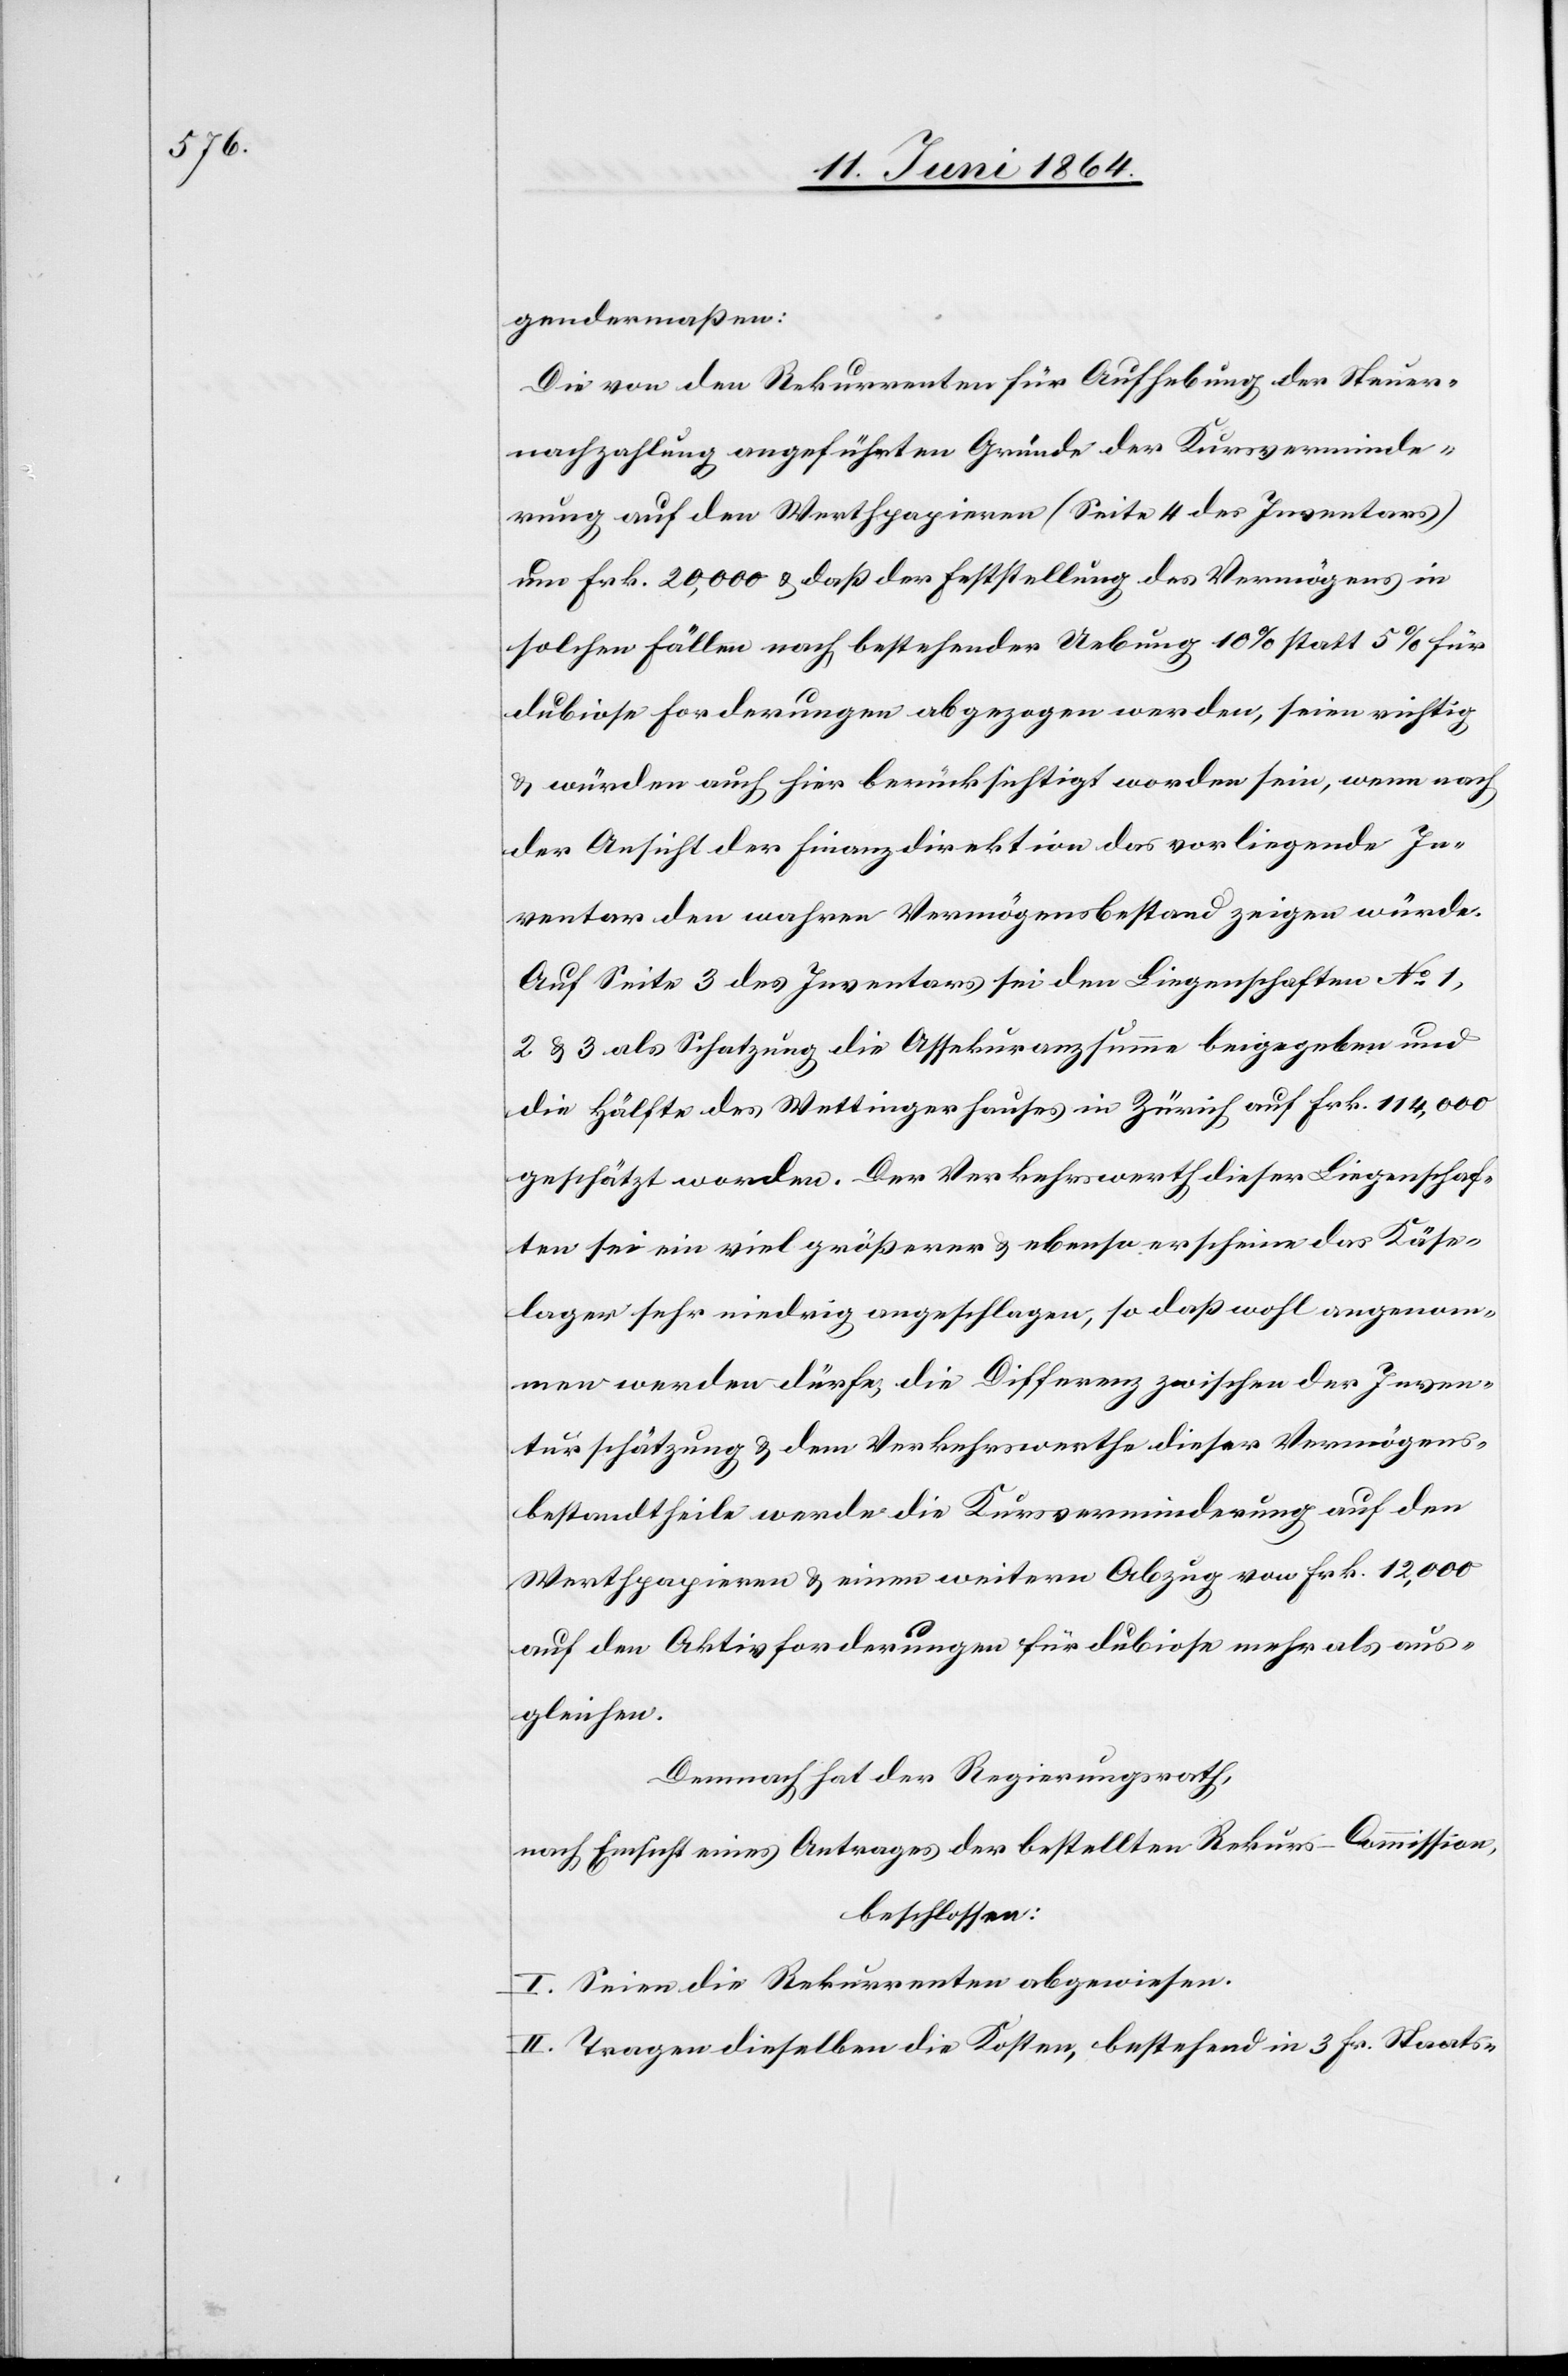
gendermaßen:
Die von den Rekurrenten für Aufhebung der Steuer¬
nachzahlung angeführten Gründe der Kursverminde¬
rung auf den Werthpapieren (Seite 4 des Inventars)
um Frk. 20,000 u. daß der Feststellung des Vermögens in
solchen Fällen nach bestehender Uebung 10% statt 5% für
dubiose Forderungen abgezogen werden, seien richtig
u. würden auch hier berücksichtigt worden sein, wenn nach
der Ansicht der Finanzdirektion das vorliegende In¬
ventar den wahren Vermögensbestand zeigen würde.
Auf Seite 3 des Inventars sei den Liegenschaften No 1,
2, u. 3 als Schatzung die Assekuranzsumme beigegeben und
die Hälfte des Wettingerhauses in Zürich auf Frk. 114,000
geschätzt worden. Der Verkehrswerth dieser Liegenschaf¬
ten sei ein viel größerer u. ebenso erscheine das Käse¬
lager sehr niedrig angeschlagen, so daß wohl angenom¬
men werden dürfe, die Differenz zwischen der Inven¬
tarschätzung u. dem Verkehrswerthe dieser Vermögens¬
bestandtheile werde die Kursverminderung auf den
Werthpapieren u. einen weitern Abzug von Frk. 12,000
auf den Aktivforderungen für dubiose mehr als aus¬
gleichen.
Demnach hat der Regierungsrath,
nach Einsicht eines Antrages der bestellten Rekurs-Commission,
beschlossen:
I. Seien die Rekurrenten abgewiesen.
II. Tragen dieselben die Kosten, bestehend in 3 Fr. Staats-[,]